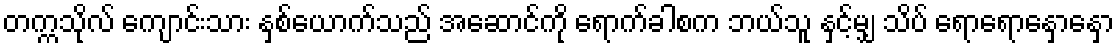
တက္ကသိုလ် ကျောင်းသား နှစ်ယောက်သည် အဆောင်ကို ရောက်ခါစက ဘယ်သူ နှင့်မျှ သိပ် ရောရောနှောနှော